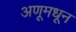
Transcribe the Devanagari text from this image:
अणूमधून